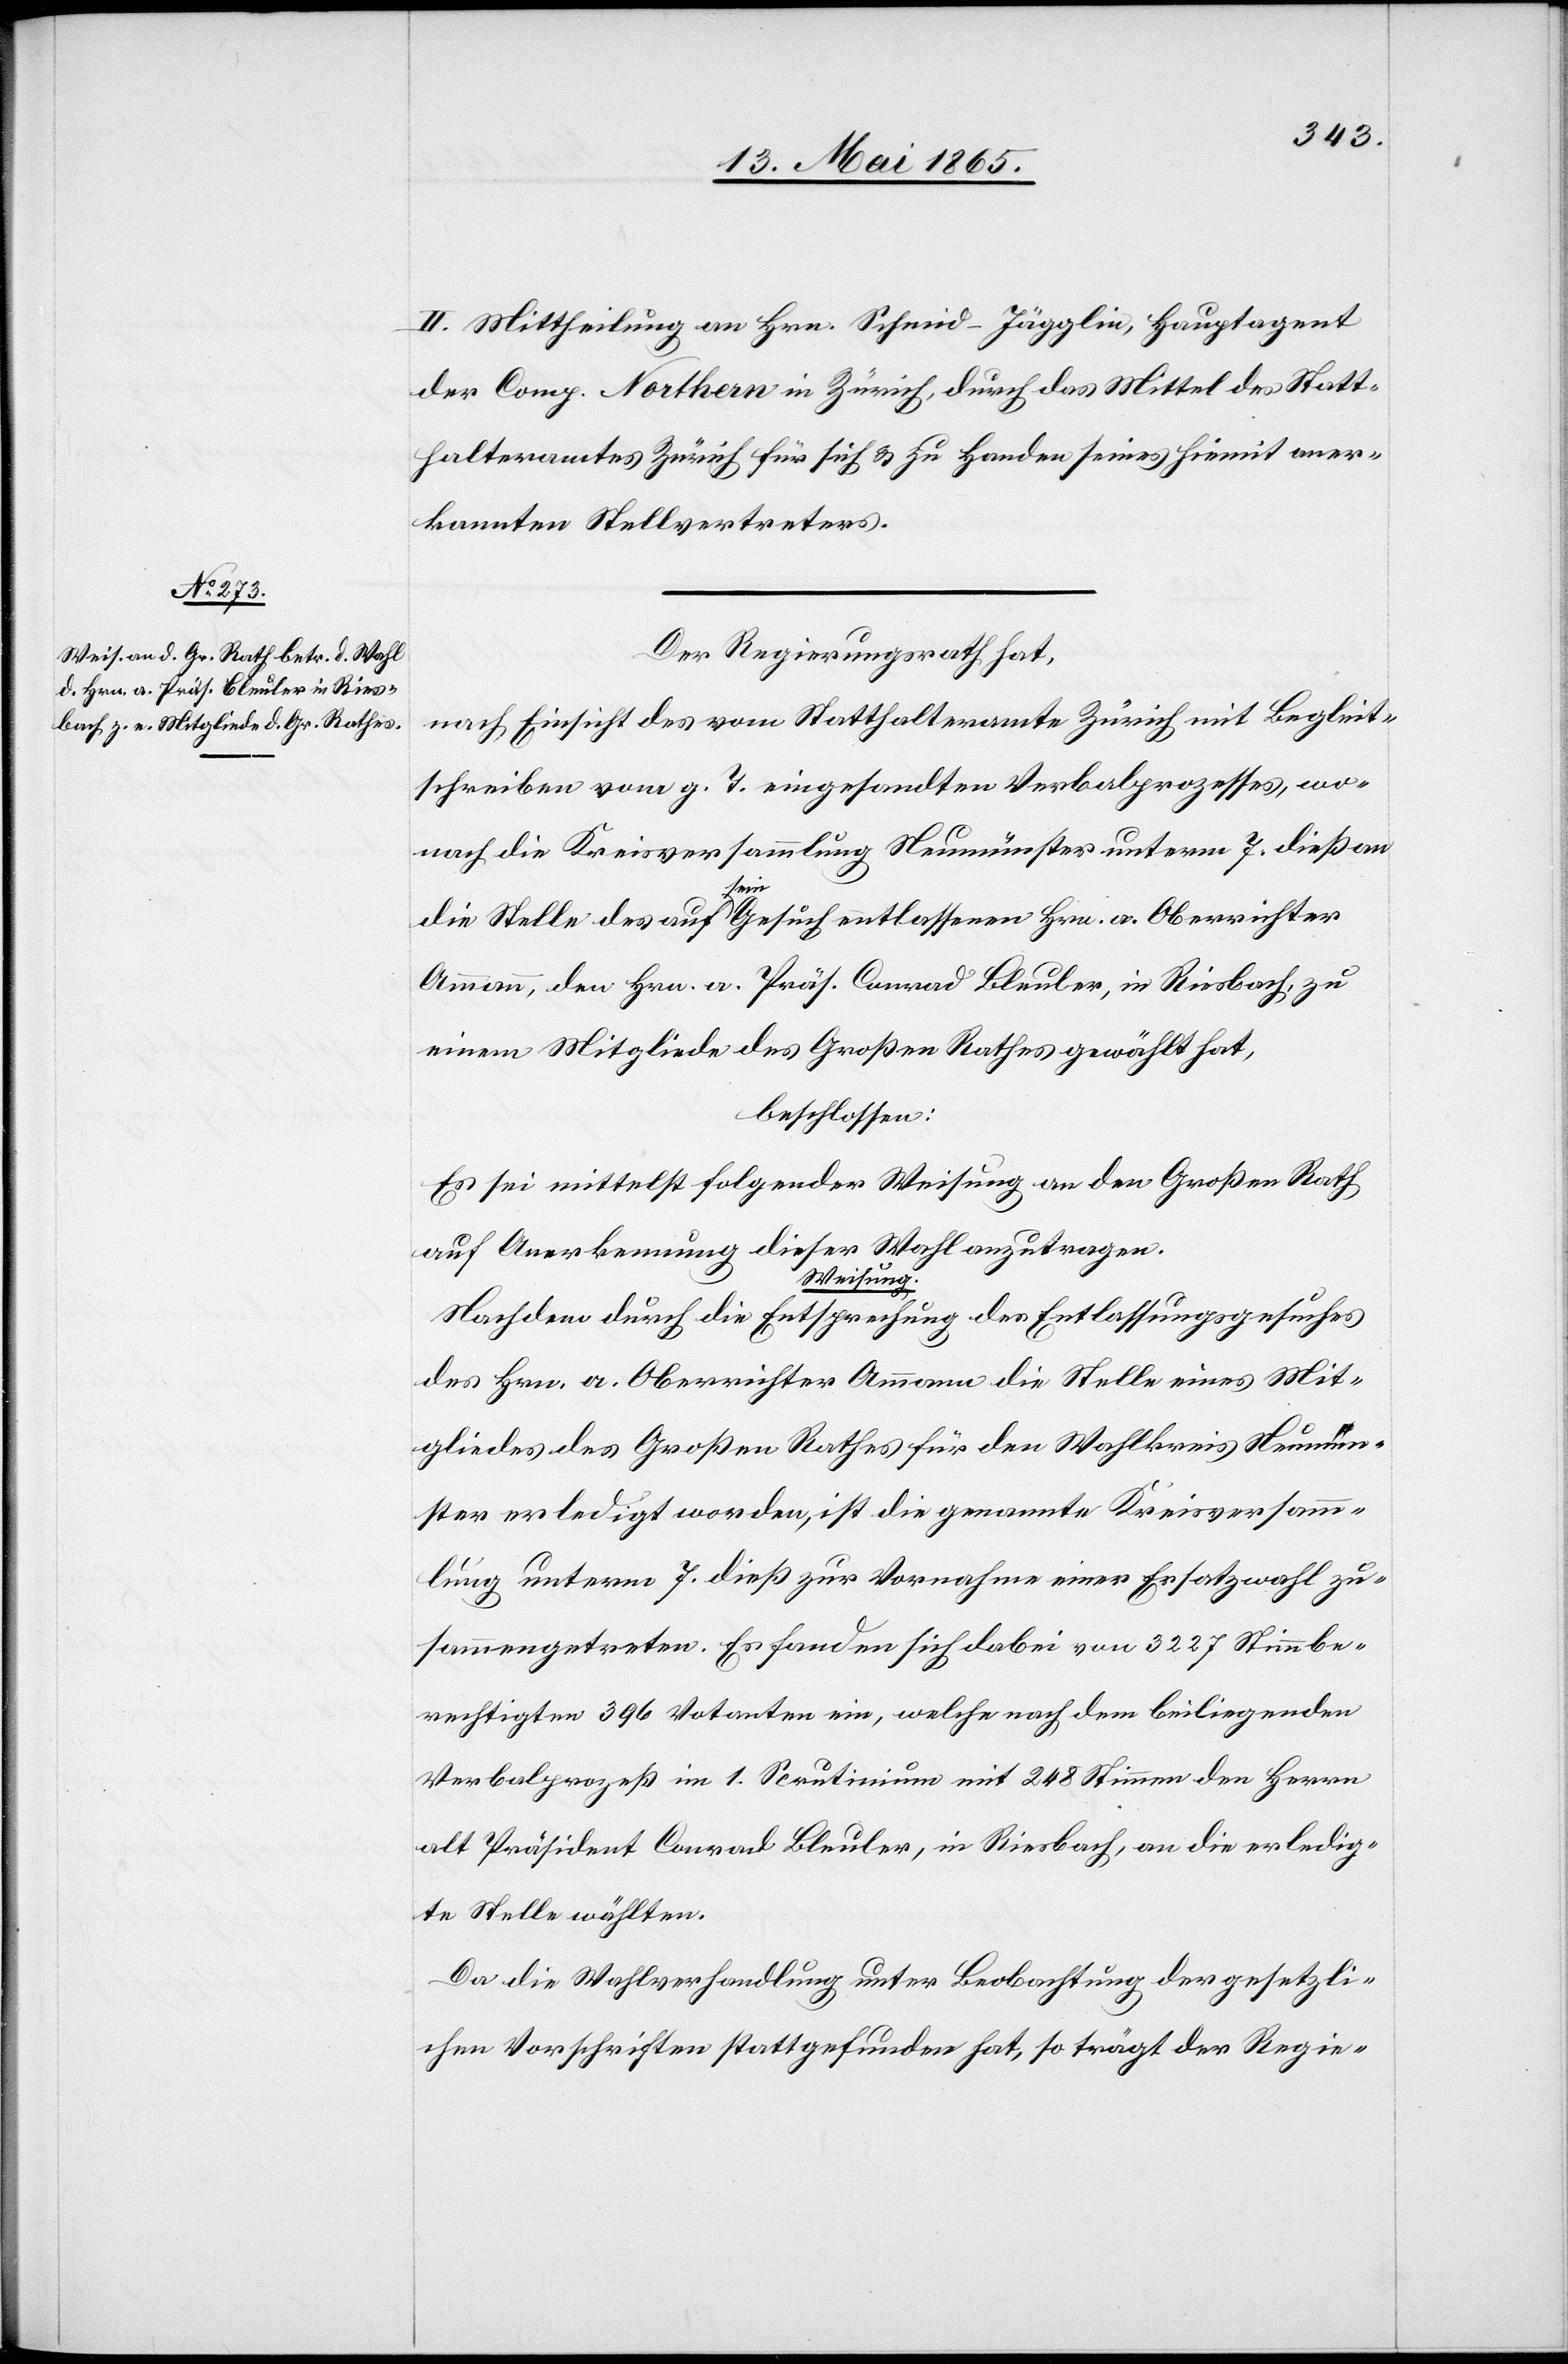
II. Mittheilung an Hrn. Schmid-Jägglin, Hauptagent
der Comp. Northern in Zürich, durch das Mittel des Statt¬
halteramtes Zürich für sich & zu Handen seines hiemit aner¬
kannten Stellvertreters.
Der Regierungsrath hat,
nach Einsicht des vom Statthalteramte Zürich mit Begleit¬
schreiben vom g. T. eingesandten Verbalprozesses, wo¬
nach die Kreisversammlung Neumünster unterm 7. dieß an
die Stelle des auf sein Gesuch entlassenen Hrn. a. Oberrichter
Ammann, den Hrn. a. Präs. Conrad Bleuler, in Riesbach, zu
einem Mitgliede des Großen Rathes gewählt hat,
beschlossen:
Es sei mittelst folgender Weisung an den Großen Rath
auf Anerkennung dieser Wahl anzutragen.
Weisung.
Nachdem durch die Entsprechung des Entlassungsgesuches
des Hrn. a. Oberrichter Ammann die Stelle eines Mit¬
gliedes des Großen Rathes für den Wahlkreis Neumün¬
ster erledigt worden, ist die genannte Kreisversamm¬
lung unterm 7. dieß zur Vornahme einer Ersatzwahl zu¬
sammengetreten. Es fanden sich dabei von 3227 Stimmbe¬
rechtigten 396 Votanten ein, welche nach dem beiliegenden
Verbalprozeß im 1. Scrutinium mit 248 Stimmen den Herrn
alt Präsident Conrad Bleuler, in Riesbach, an die erledig¬
te Stelle wählten.
Da die Wahlverhandlung unter Beobachtung der gesetzli¬
chen Vorschriften stattgefunden hat, so trägt der Regie-